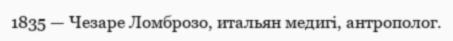
1835 — Чезаре Ломброзо, итальян медигі, антрополог.